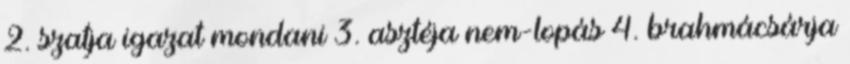
2. szatja igazat mondani 3. asztéja nem-lopás 4. brahmácsárja